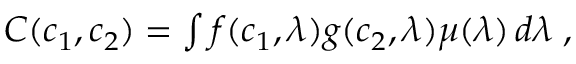
\begin{array} { r } { C ( c _ { 1 } , c _ { 2 } ) = \int f ( c _ { 1 } , \lambda ) g ( c _ { 2 } , \lambda ) \mu ( \lambda ) \, d \lambda \; , } \end{array}